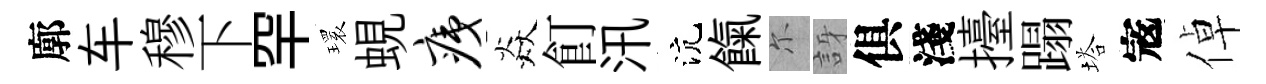
廓车穆下罕𤨔蜆痍焱飣汛沆餼尓訝俱淺擡蹋塔𡨥倬